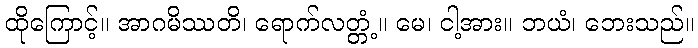
ထိုကြောင့်။ အာဂမိဿတိ၊ ရောက်လတ္တံ့။ မေ၊ ငါ့အား။ ဘယံ၊ ဘေးသည်။